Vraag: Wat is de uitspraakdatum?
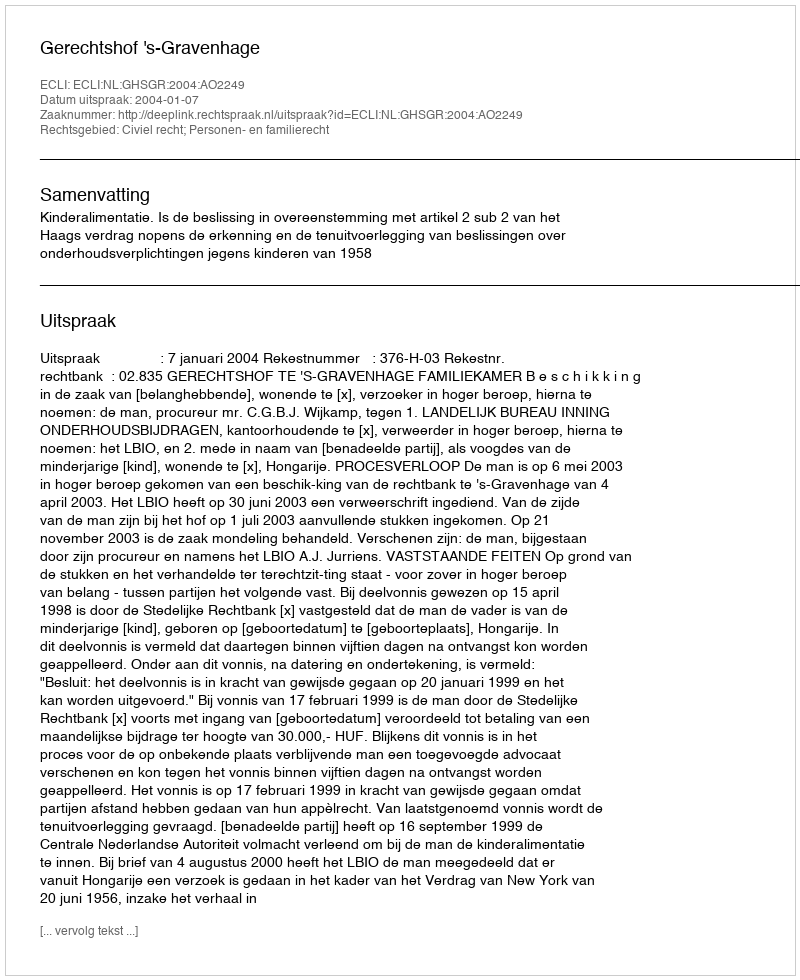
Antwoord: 2004-01-07